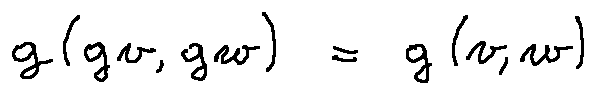
g ( g v , g w ) = g ( v , w )